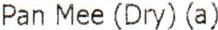
PAN MEE (DRY)(A)